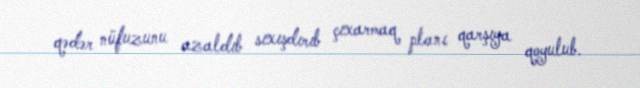
qədər nüfuzunu azaldıb sıxışdırıb çıxarmaq planı qarşıya qoyulub.